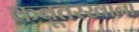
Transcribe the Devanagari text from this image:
कबूतरखाना